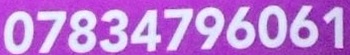
07834796061